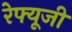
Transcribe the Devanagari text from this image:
रेफ्यूजी